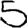
Digit: 5